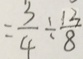
= \frac { 3 } { 4 } \div \frac { 1 3 } { 8 }